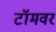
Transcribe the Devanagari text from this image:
टॉमवर